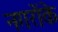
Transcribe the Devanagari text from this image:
नगरोंके